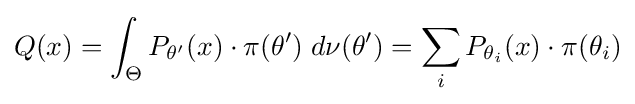
Q(x)=\int _{\Theta }P_{\theta '}(x)\cdot \pi (\theta ')\;d\nu (\theta ')=\sum _{i}P_{\theta _{i}}(x)\cdot \pi (\theta _{i})